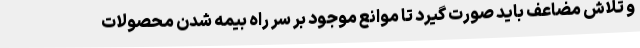
و تلاش مضاعف باید صورت گیرد تا موانع موجود بر سر راه بیمه شدن محصولات